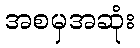
အစမှအဆုံး